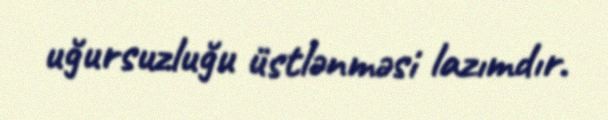
uğursuzluğu üstlənməsi lazımdır.